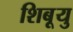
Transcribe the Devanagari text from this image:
शिबूयु